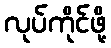
လုပ်ကိုင်ဖို့